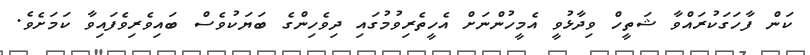
ކަން ފާހަގަކުރައްވާ ޝަތީހް ވިދާޅުވީ އެމީހުންނަށް އެހީތެރިވުމުގައި ދިވެހިންގެ ބަޔަކުވެސް ބައިވެރިވެފައިވާ ކަމަށެވެ.